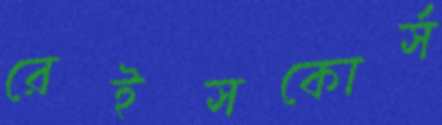
রেইসকোর্স